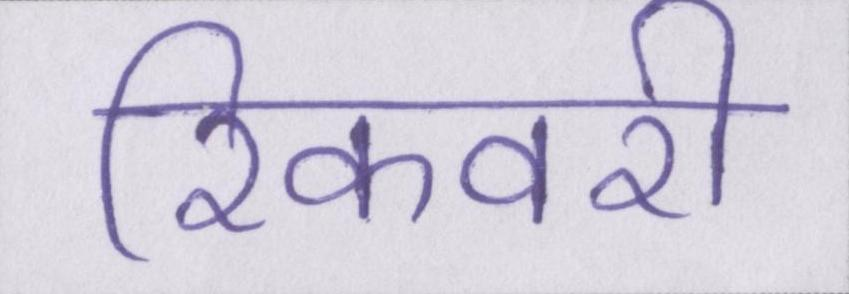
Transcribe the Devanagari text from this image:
रिकवरी